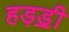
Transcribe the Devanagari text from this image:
हड़ॾी